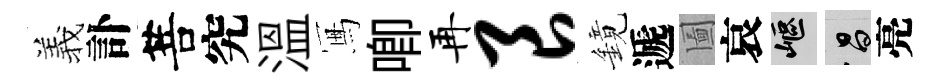
羲訃菩究溫冩唧再良鏡遞圗哀嶇昌亮